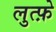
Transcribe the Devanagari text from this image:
लुत्फ़े